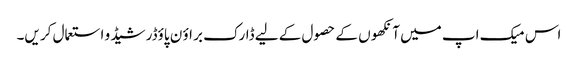
اس میک اپ میں آنکھو ں کے حصو ل کے لیے ڈارک بر اؤ ن پاؤڈر شیڈ و استعمال کر یں۔